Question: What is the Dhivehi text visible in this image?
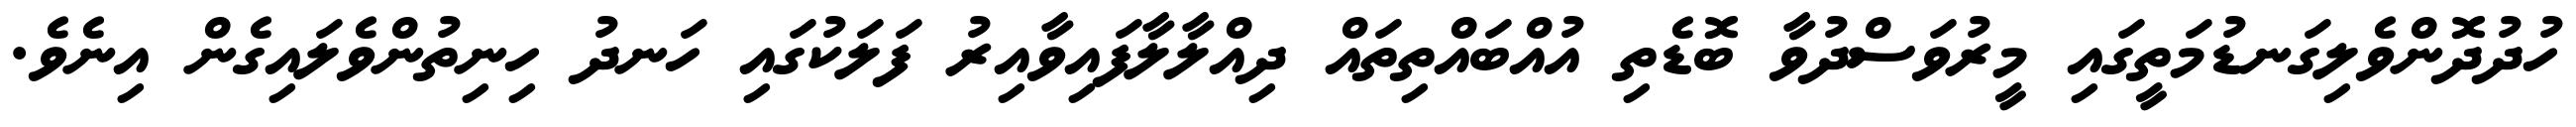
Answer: ހުދުދޮންވެލިގަނޑުމަތީގައި މީރުވަސްދުވާ ބޮޑެތި އުއްބައްތިތައް ދިއްލާލާފައިވާއިރު ފަލަކުގައި ހަނދު ހިނިތުންވެލައިގެން އިނެވެ.